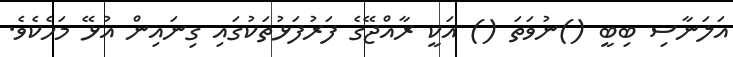
އަލަނާސި ބިބީ ()ނުވަތަ () އަކީ ރާއްޖޭގެ ފަރުފަޅުތަކުގައި ގިނައިން އުޅޭ މަހެކެވެ.